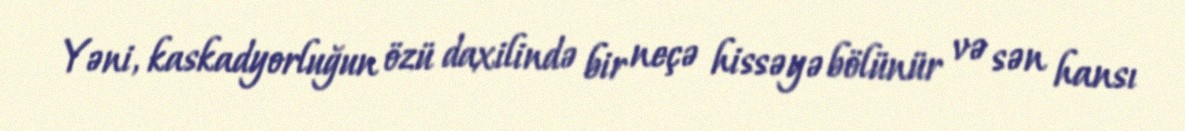
Yəni, kaskadyorluğun özü daxilində bir neçə hissəyə bölünür və sən hansı